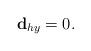
LaTeX: \begin{align*}\mathbf{d}_{hy}=0.\end{align*}